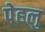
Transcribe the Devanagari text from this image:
पेहलु